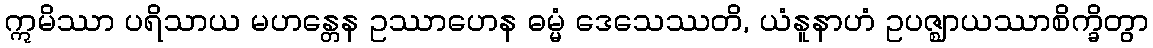
ဣမိဿာ ပရိသာယ မဟန္တေန ဥဿာဟေန ဓမ္မံ ဒေသေဿတိ, ယံနူနာဟံ ဥပဇ္ဈာယဿာစိက္ခိတွာ